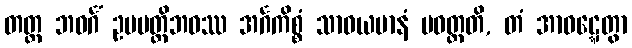
တတ္ထ ဘဝင်္ဂံ ဥပပတ္တိဘဝဿ အင်္ဂကိစ္စံ သာဓယမာနံ ပဝတ္တတိ, တံ အာဝဋ္ဋေတွာ